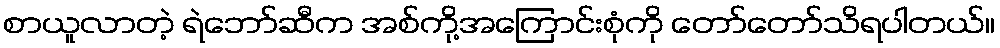
စာယူလာတဲ့ ရဲဘော်ဆီက အစ်ကို့အကြောင်းစုံကို တော်တော်သိရပါတယ်။